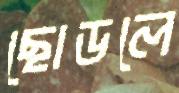
ছোডলে